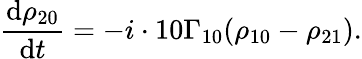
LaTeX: \frac{\mathrm{d}\rho_{20}}{\mathrm{d}t}=-i\cdot 10\Gamma_{10}(\rho_{10}-\rho_{21}).